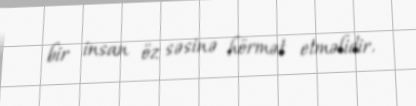
bir insan öz səsinə hörmət etməlidir.